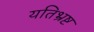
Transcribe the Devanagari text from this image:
यतिभ्रष्ट